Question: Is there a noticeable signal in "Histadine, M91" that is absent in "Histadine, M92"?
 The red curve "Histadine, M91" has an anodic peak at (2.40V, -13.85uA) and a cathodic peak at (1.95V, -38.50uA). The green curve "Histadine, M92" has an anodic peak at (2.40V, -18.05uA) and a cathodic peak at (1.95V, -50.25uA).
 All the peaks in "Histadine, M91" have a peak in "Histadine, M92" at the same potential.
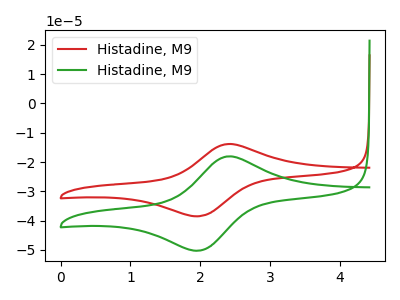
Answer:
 <answer>No, "Histadine, M91" and "Histadine, M92" don't appear to be significantly different in shape</answer>
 <eval>no_change</eval>